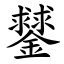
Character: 䥭